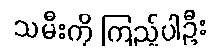
သမီးကို ကြည့်ပါဦး